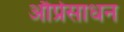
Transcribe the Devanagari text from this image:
और्प्रसाधन